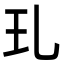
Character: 玌